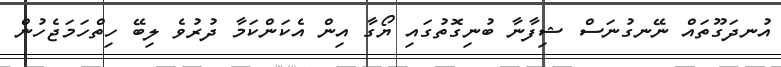
އުނދަގޫތައް ނޭނގުނަސް ޝިފާނާ ބުނިގޮތުގައި ޔޯގާ އިން އެކަންކަމާ ދުރުވެ ލިބޭ ހިތްހަމަޖެހުން